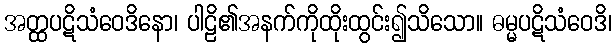
အတ္ထပဋိသံဝေဒိနော၊ ပါဠိ၏အနက်ကိုထိုးထွင်း၍သိသော။ ဓမ္မပဋိသံဝေဒိ၊